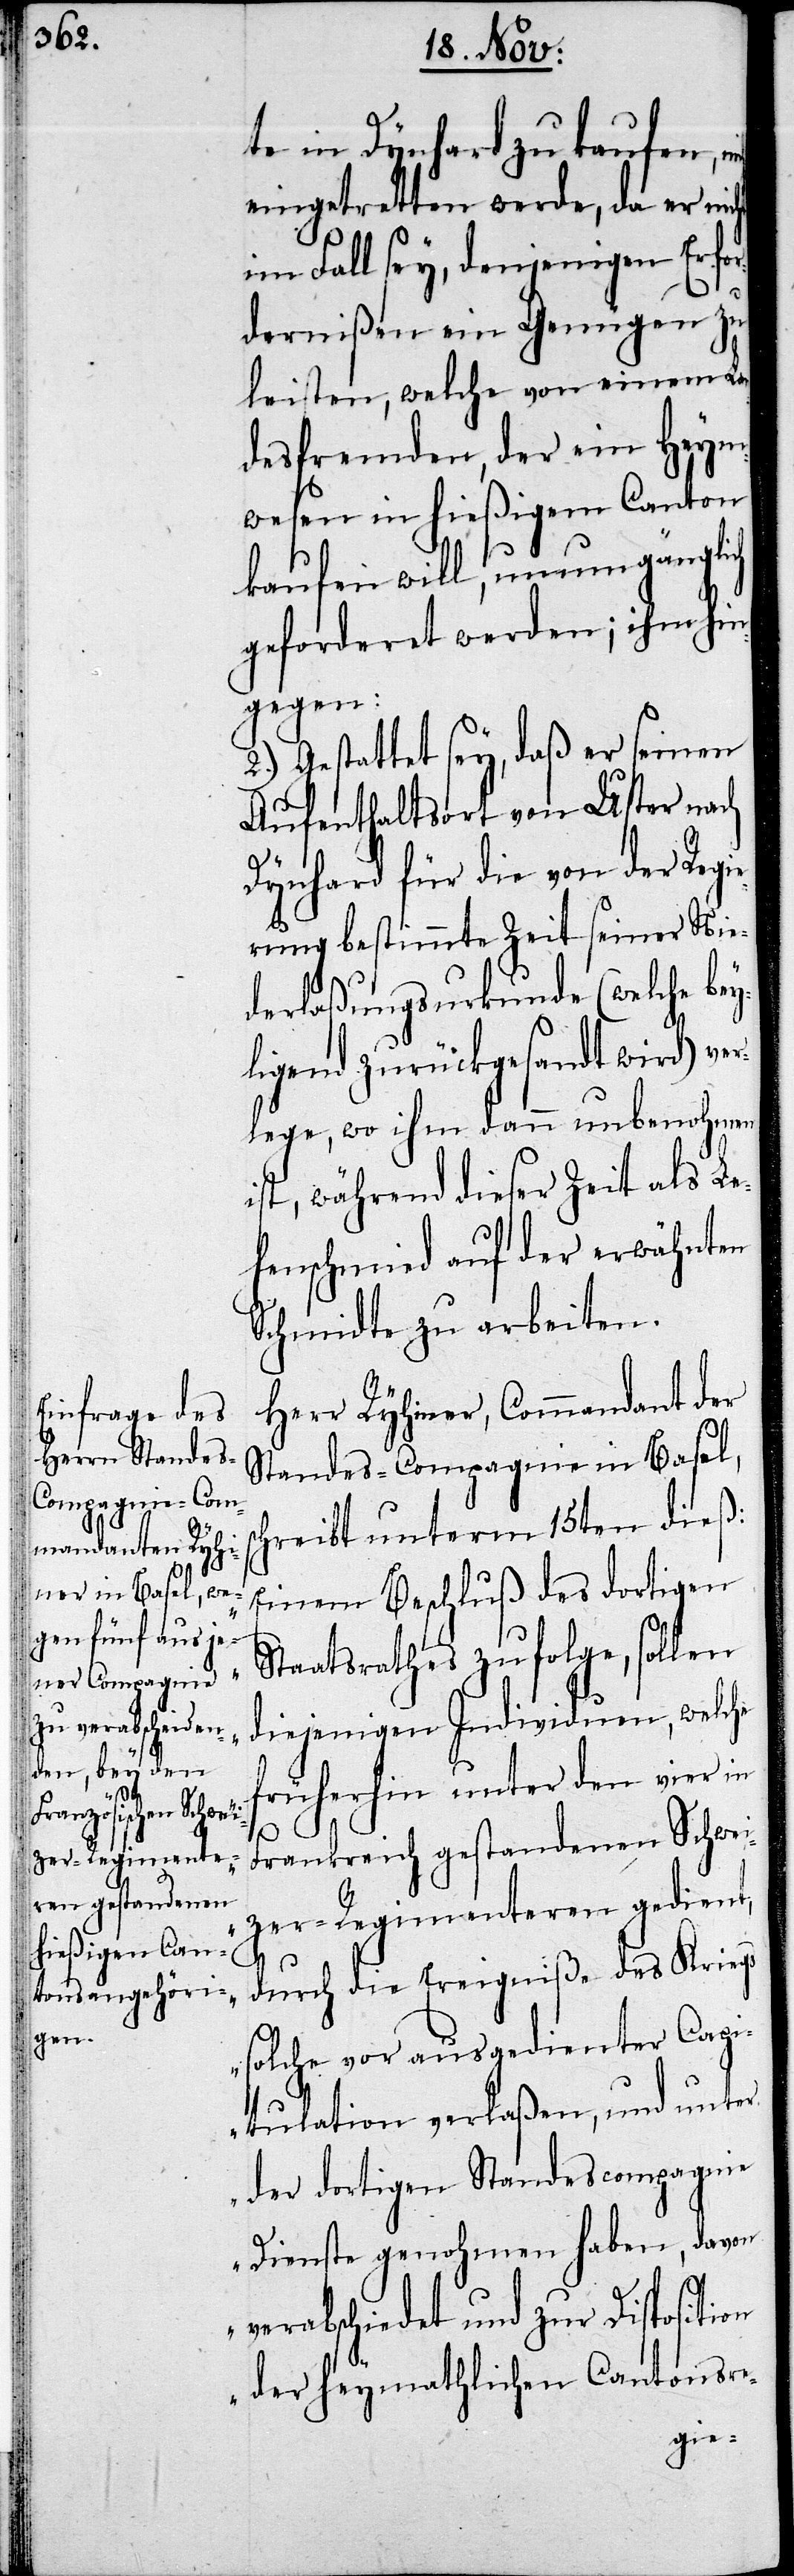
te in Dynhard zu kaufen,
eingetretten werde, da er nic¬
im Fall sey, denjenigen Erfor¬
dernißen ein Genügen zu
leisten, welche von einem Lan¬
desfremden, der ein Heym¬
wesen in hießigem Canton
kaufen will, unumgänglich
geforderet werden; ihm hin¬
gegen:
2.) Gestattet sey, daß er seinen
Aufenthaltsort von Uster nach
Dynhard für die von der Regi¬
erung bestimmte Zeit seiner Nie¬
derlaßungsurkunde (welche bey¬
ligend zurückgesandt wird) ve¬
rlege, wo ihm dann unbenohmen
ist, während dieser Zeit als Le¬
henschmied auf der erwähnten
Schmidte zu arbeiten.
Herr Ryhiner, Commandant der
Standes-Compagnie in Basel,
hreibt unterm 15ten dieß:
„Einem Beschluß des dortigen
Staatsrathes zufolge, sollen
diejenigen Individuen, welche
früherhin unter den vier in
sc¬
Frankreich gestandenen Schwei¬
zer-Regimenteren gedient,
durch die Ereigniße des Kriegs
solche vor ausgedienter Capi¬
tulation verlaßen, und unter
der dortigen Standescompagnie
Dienste genohmen haben, davon
verabschiedet und zur Dispositi¬
on der heymathlichen Cantonsre-